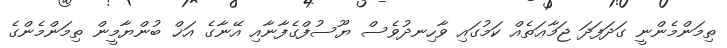
ތިމަންމެންނީ ގަދަފަދަ ޖަމާޢަތެއް ކަމުގައި ވާހިނދުވެސް ޔޫސުފްގެފާނާއި އޭނާގެ އަޚް ބުންޔާމީން ތިމަންމެންގެ